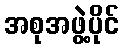
အစုအဖွဲ့ပိုင်